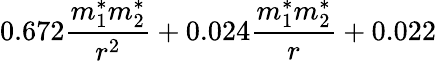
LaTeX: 0.672\frac{m_{1}^{*}m_{2}^{*}}{r^{2}}+0.024\frac{m_{1}^{*}m_{2}^{*}}{r}+0.022